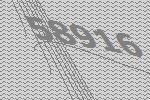
58916